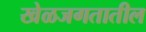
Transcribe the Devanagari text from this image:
खेळजगतातील